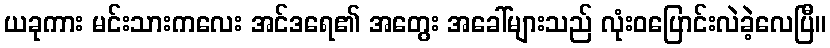
ယခုကား မင်းသားကလေး အင်ဒရေ၏ အတွေး အခေါ်များသည် လုံးဝပြောင်းလဲခဲ့လေပြီ။